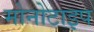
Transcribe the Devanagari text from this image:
मोनोटाइप